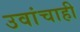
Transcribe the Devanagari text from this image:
उवांचाही